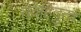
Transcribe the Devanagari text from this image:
नवहिंदुत्व